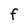
Character: F